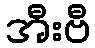
အီးဗီ